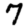
Digit: 7